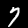
Digit: 7